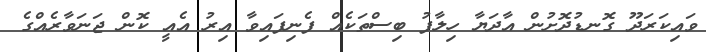
ވައިކަރަދޫ ގޮނޑުދޮށުން އާދަޔާ ހިލާފު ބިސްތަކެއް ފެނިފައިވާ އިރު އެއީ ކޮން ޖަނަވާރެއްގެ